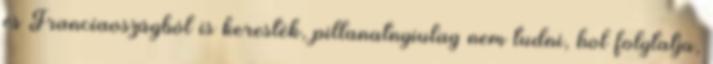
és Franciaoszágból is keresték, pillanatnyiulag nem tudni, hol folytatja,